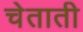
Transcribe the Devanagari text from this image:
चेताती